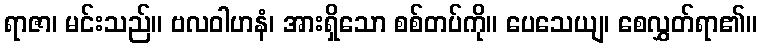
ရာဇာ၊ မင်းသည်။ ဗလဝါဟနံ၊ အားရှိသော စစ်တပ်ကို။ ပေသေယျ၊ စေလွှတ်ရာ၏။